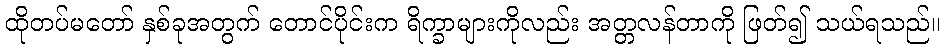
ထိုတပ်မတော် နှစ်ခုအတွက် တောင်ပိုင်းက ရိက္ခာများကိုလည်း အတ္တလန်တာကို ဖြတ်၍ သယ်ရသည်။